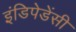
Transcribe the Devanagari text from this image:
इंडिपेडेंसी